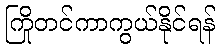
ကြိုတင်ကာကွယ်နိုင်ရန်